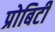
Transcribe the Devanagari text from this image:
प्रोबिटी